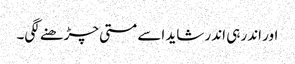
اور اندر ہی اندر شاید اسے مستی چڑھنے لگی۔